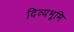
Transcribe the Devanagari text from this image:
दिव्यभूमि